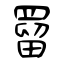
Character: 罶